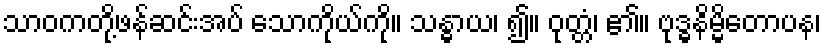
သာဝကတို့ဖန်ဆင်းအပ် သောကိုယ်ကို။ သန္ဓာယ၊ ၍။ ဝုတ္တံ၊ ၏။ ဗုဒ္ဓနိမ္မိတောပန၊